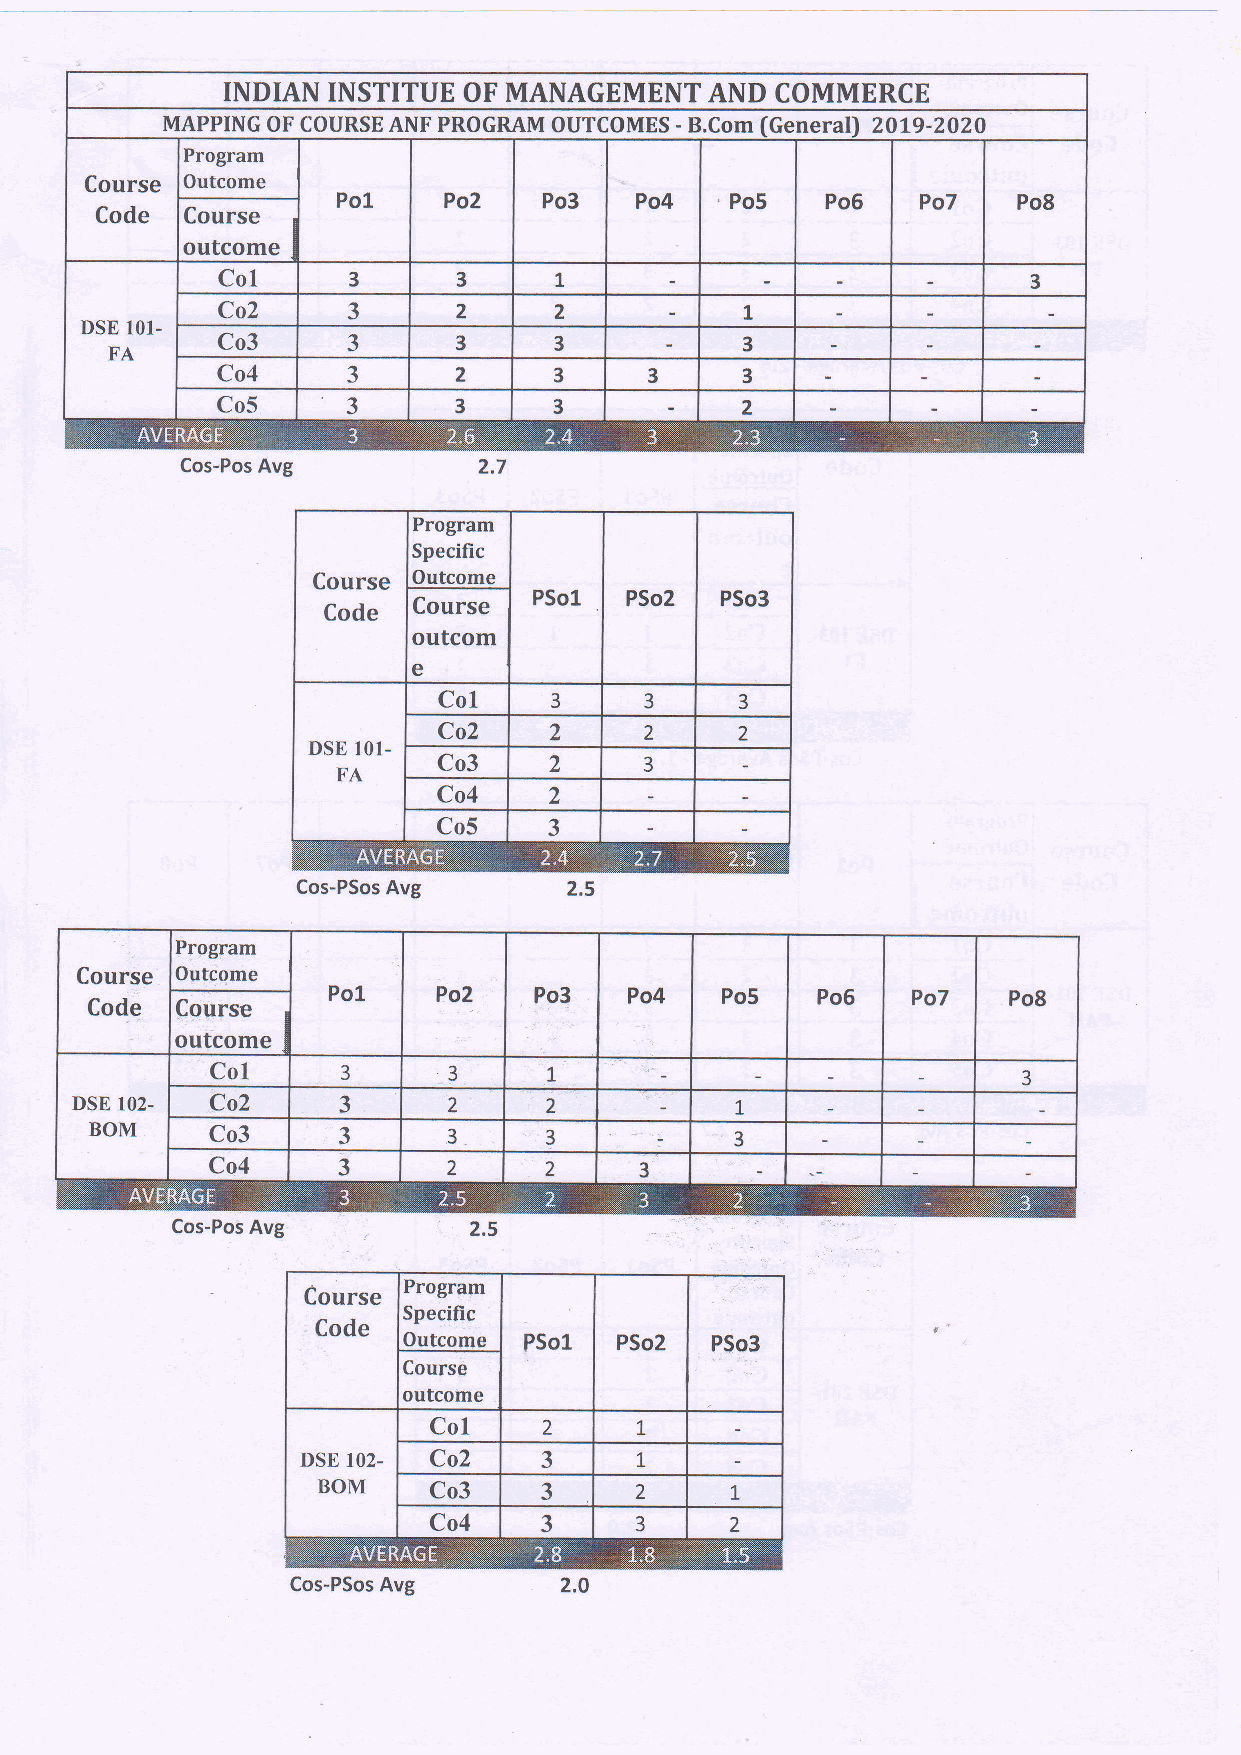
INDIAN INSTITUE OF MANAGEMENT   AND COMMERCE
 MAPPING OF COURSEANF PROGRAM OUTCOMES - B.Com fGeneral'l 2OL9-202O
 Program
 Course Outcome
 Po1    Po2    Po3   Po4   , Po5  Po6   Po7   Po8
 Code  Course
 outcome
 Col      3      3      1                              3
 t
 Co2      3      2      2
 DSE 101.
 Co3      3      3      3           3
 FA
 Co4      3      2      3     3     3
 Co5      3      3      3           2
 Cos-Pos Avg
 Course
 outcom
 e
 Cos-PSos Avg
 Plogram
 Course Outcome
 Po1    Po2   Po3    Po4   Po5   Po6   Po7    Po8
 Code  Cgurse
 outcome
 Col            ,3
 3            7                               3
 DSE 102- Co2     3       2     2            L
 BOM     Co3     3       3     3            3
 Co4     3       2     2     3
 Cos-Pos Avg
 Cos-PSos Avg